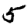
Digit: 5